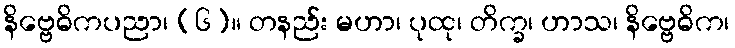
နိဗ္ဗေဓိကပညာ၊ (၆)။ တနည်း မဟာ၊ ပုထု၊ တိက္ခ၊ ဟာသ၊ နိဗ္ဗေဓိက၊